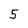
Character: 5